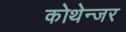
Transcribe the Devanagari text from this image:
कोथेन्जर